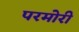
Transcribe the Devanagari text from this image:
परमोरी